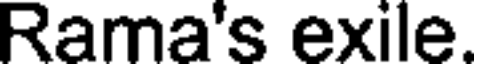
Rama's exile.